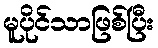
မူပိုင်သာဖြစ်ပြီး